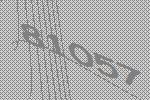
81057